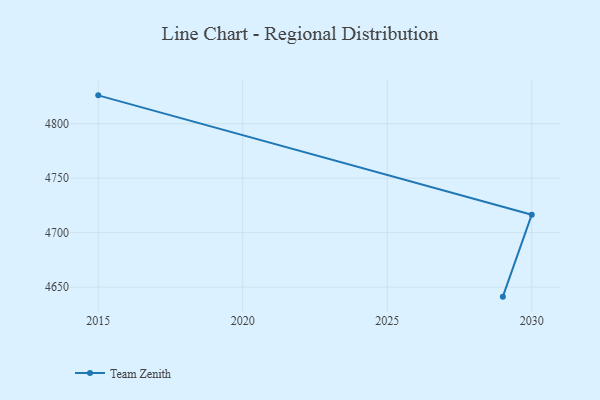
{"axis": {"x": "Year", "y": "LTV (USD)"}, "legend": ["Team Zenith"], "data": [{"x": "2029", "y": 4641.3, "type": "Team Zenith"}, {"x": "2030", "y": 4716.5, "type": "Team Zenith"}, {"x": "2015", "y": 4826.0, "type": "Team Zenith"}]}